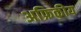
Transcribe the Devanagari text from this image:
अफ्रिकीय